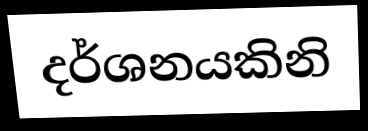
දර්ශනයකිනි